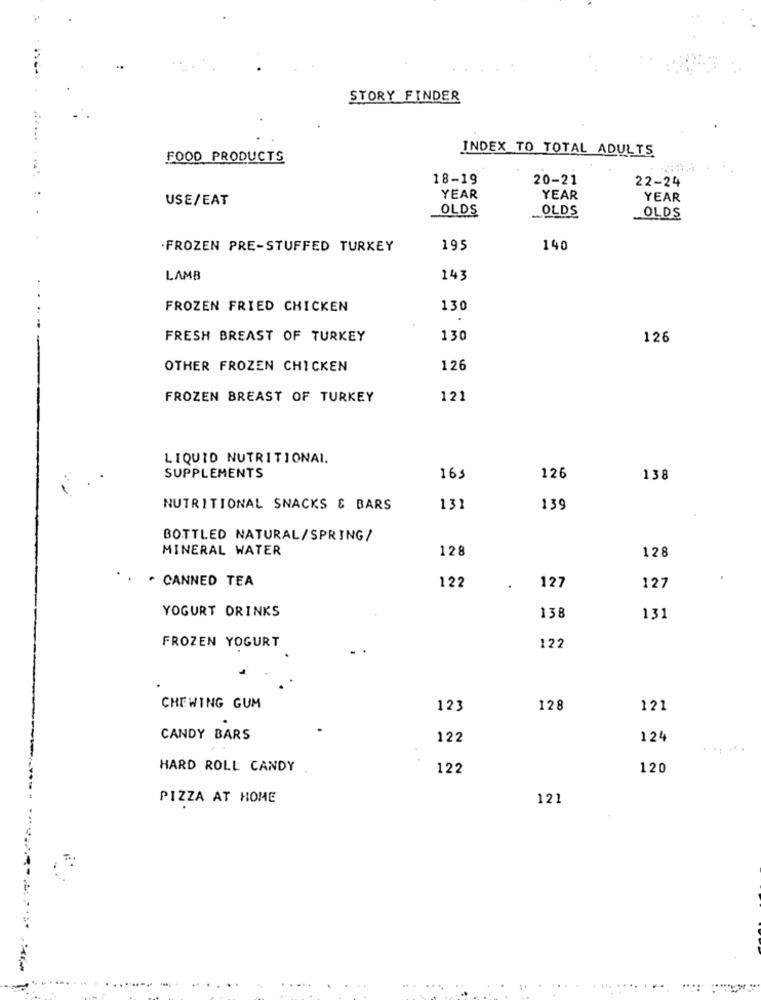
STORY FINDER
INDEX TO TOTAL ADULTS
FOOD PRODUCTS
.*
18-19
20-21
22-24
USE/EAT
YEAR
YEAR
YEAR
OLDS
OLDS
OLDS
. FROZEN PRE-STUFFED TURKEY
199
140
LAMB
143
FROZEN FRIED CHICKEN
130
FRESH BREAST OF TURKEY
130
126
OTHER FROZEN CHICKEN
126
FROZEN BREAST OF TURKEY
121
LIQUID NUTRITIONAL.
SUPPLEMENTS
165
126
138
NUTRITIONAL SNACKS & BARS
131
139
BOTTLED NATURAL/SPRING/
MINERAL WATER
128
128
. . CANNED TEA
122
127
127
YOGURT DRINKS
138
131
FROZEN YOGURT
122
CHEWING GUM
123
128
121
CANDY BARS
122
124
HARD ROLL CANDY
122
120
PIZZA AT HOME
121